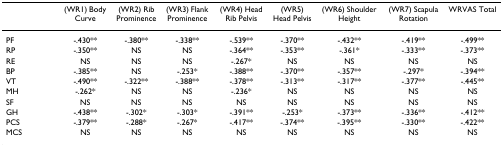
|  | (WR1) Body Curve | (WR2) Rib Prominence | (WR3) Flank Prominence | (WR4) Head Rib Pelvis | (WR5) Head Pelvis | (WR6) Shoulder Height | (WR7) Scapula Rotation | WRVAS Total |
 | --- | --- | --- | --- | --- | --- | --- | --- | --- |
 | PF | -.430** | -.380** | -.338** | -.539** | -.370** | -.432** | -.419** | -.499** |
 | RP | -.350** | NS | NS | -.364** | -.353** | -.361* | -.333** | -.373** |
 | RE | NS | NS | NS | -.267* | NS | NS | NS | NS |
 | BP | -.385** | NS | -.253* | -.388** | -.370** | -.357** | -.297* | -.394** |
 | VT | -.490** | -.322** | -.388** | -.378** | -.313** | -.317** | -.377** | -.445** |
 | MH | -.262* | NS | NS | -.236* | NS | NS | NS | NS |
 | SF | NS | NS | NS | NS | NS | NS | NS | NS |
 | GH | -.438** | -.302* | -.303* | -.391** | -.253* | -.373** | -.336** | -.412** |
 | PCS | -.379** | -.288* | -.267* | -.417** | -.374** | -.395** | -.330** | -.422** |
 | MCS | NS | NS | NS | NS | NS | NS | NS | NS |